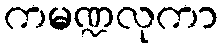
ကမဏ္ဍလုကာ